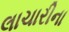
લાચારીના